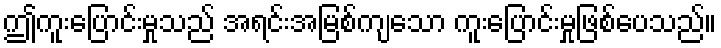
ဤကူးပြောင်းမှုသည် အရင်းအမြစ်ကျသော ကူးပြောင်းမှုဖြစ်ပေသည်။